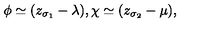
\phi \simeq ( z _ { \sigma _ { 1 } } - \lambda ) , \chi \simeq ( z _ { \sigma _ { 2 } } - \mu ) ,